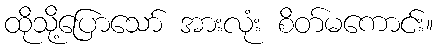
ထိုသို့ပြောသော် အားလုံး စိတ်မကောင်း။